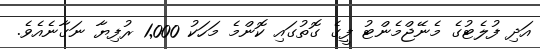
އަދި ފުލެޓުގެ މެނޭޖްމެންޓު ފީގެ ގޮތުގައި ކޮންމެ މަހަކު 1